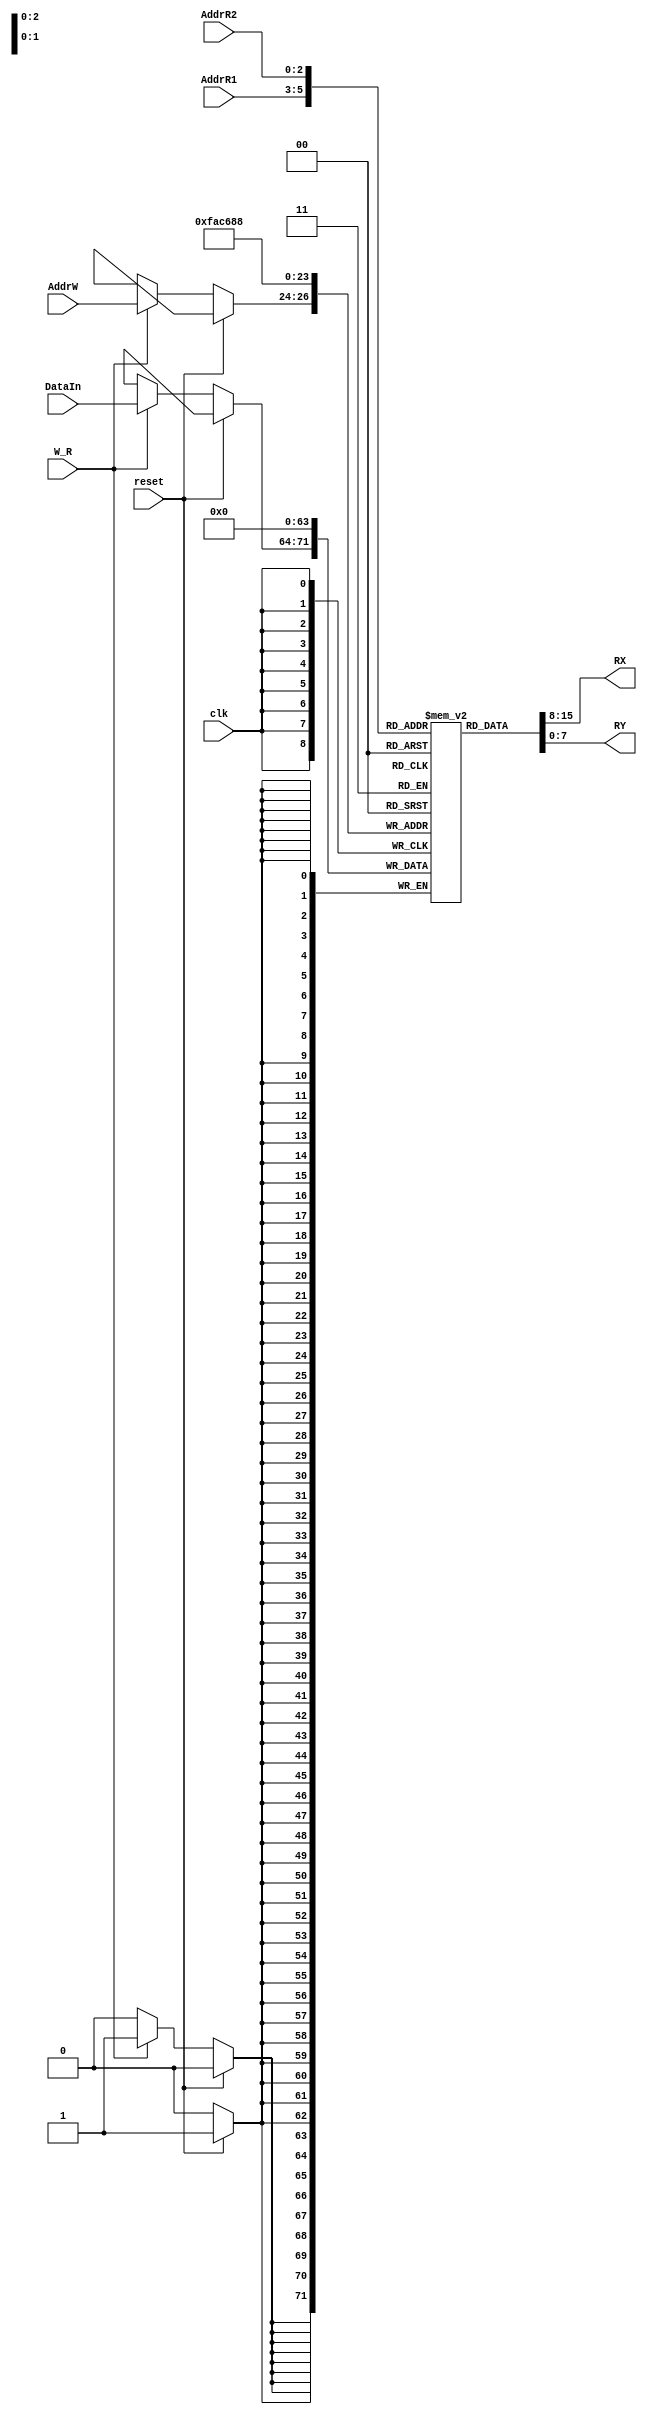
`timescale 1ns / 1ps
//////////////////////////////////////////////////////////////////////////////////
// Company: 
// Engineer: 
// 
// Design Name: 
// Module Name: Banco_R
// Project Name: 
// Target Devices: 
// Tool Versions: 
// Description: 
// 
// Dependencies: 
// 
// Revision:
// Revision 0.01 - File Created
// Additional Comments:
// 
//////////////////////////////////////////////////////////////////////////////////

module Banco_R(
	input [2:0] AddrR1,
	input [2:0] AddrR2,
	input [2:0] AddrW,
	input [7:0] DataIn,
	input W_R,
	input clk,
	input reset,
	output [7:0] RX,
	output [7:0] RY
	);

	reg [7:0] R[0:7];

	always@(posedge clk)
	begin
		if(reset)
			begin
				R[0] <= 0;
				R[1] <= 0;
				R[2] <= 0;
				R[3] <= 0;
				R[4] <= 0;
				R[5] <= 0;
				R[6] <= 0;
				R[7] <= 0;
			end
		else if(W_R)
			R[AddrW] <= DataIn;
	end
	assign RX = R[AddrR1];
	assign RY = R[AddrR2];

endmodule